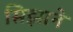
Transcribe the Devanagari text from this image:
सिझाने